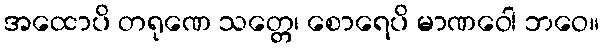
အထောပိ တရုဏေ သတ္တေ၊ စောရေပိ မာဏဝေါ ဘဝေ။